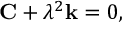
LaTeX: { \mathbf C } + \lambda ^ { 2 } { \mathbf k } = 0 ,